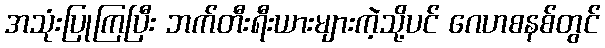
အသုံးပြုကြပြီး ဘက်တီးရီးယားများကဲ့သို့ပင် ဂေဟစနစ်တွင်